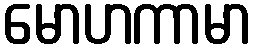
မောဟကာမာ